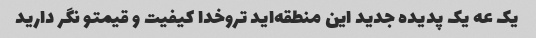
یک عه یک پدیده جدید این منطقه‌اید تروخدا کیفیت و قیمتو نگر دارید